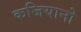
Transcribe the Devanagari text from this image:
कजियानो